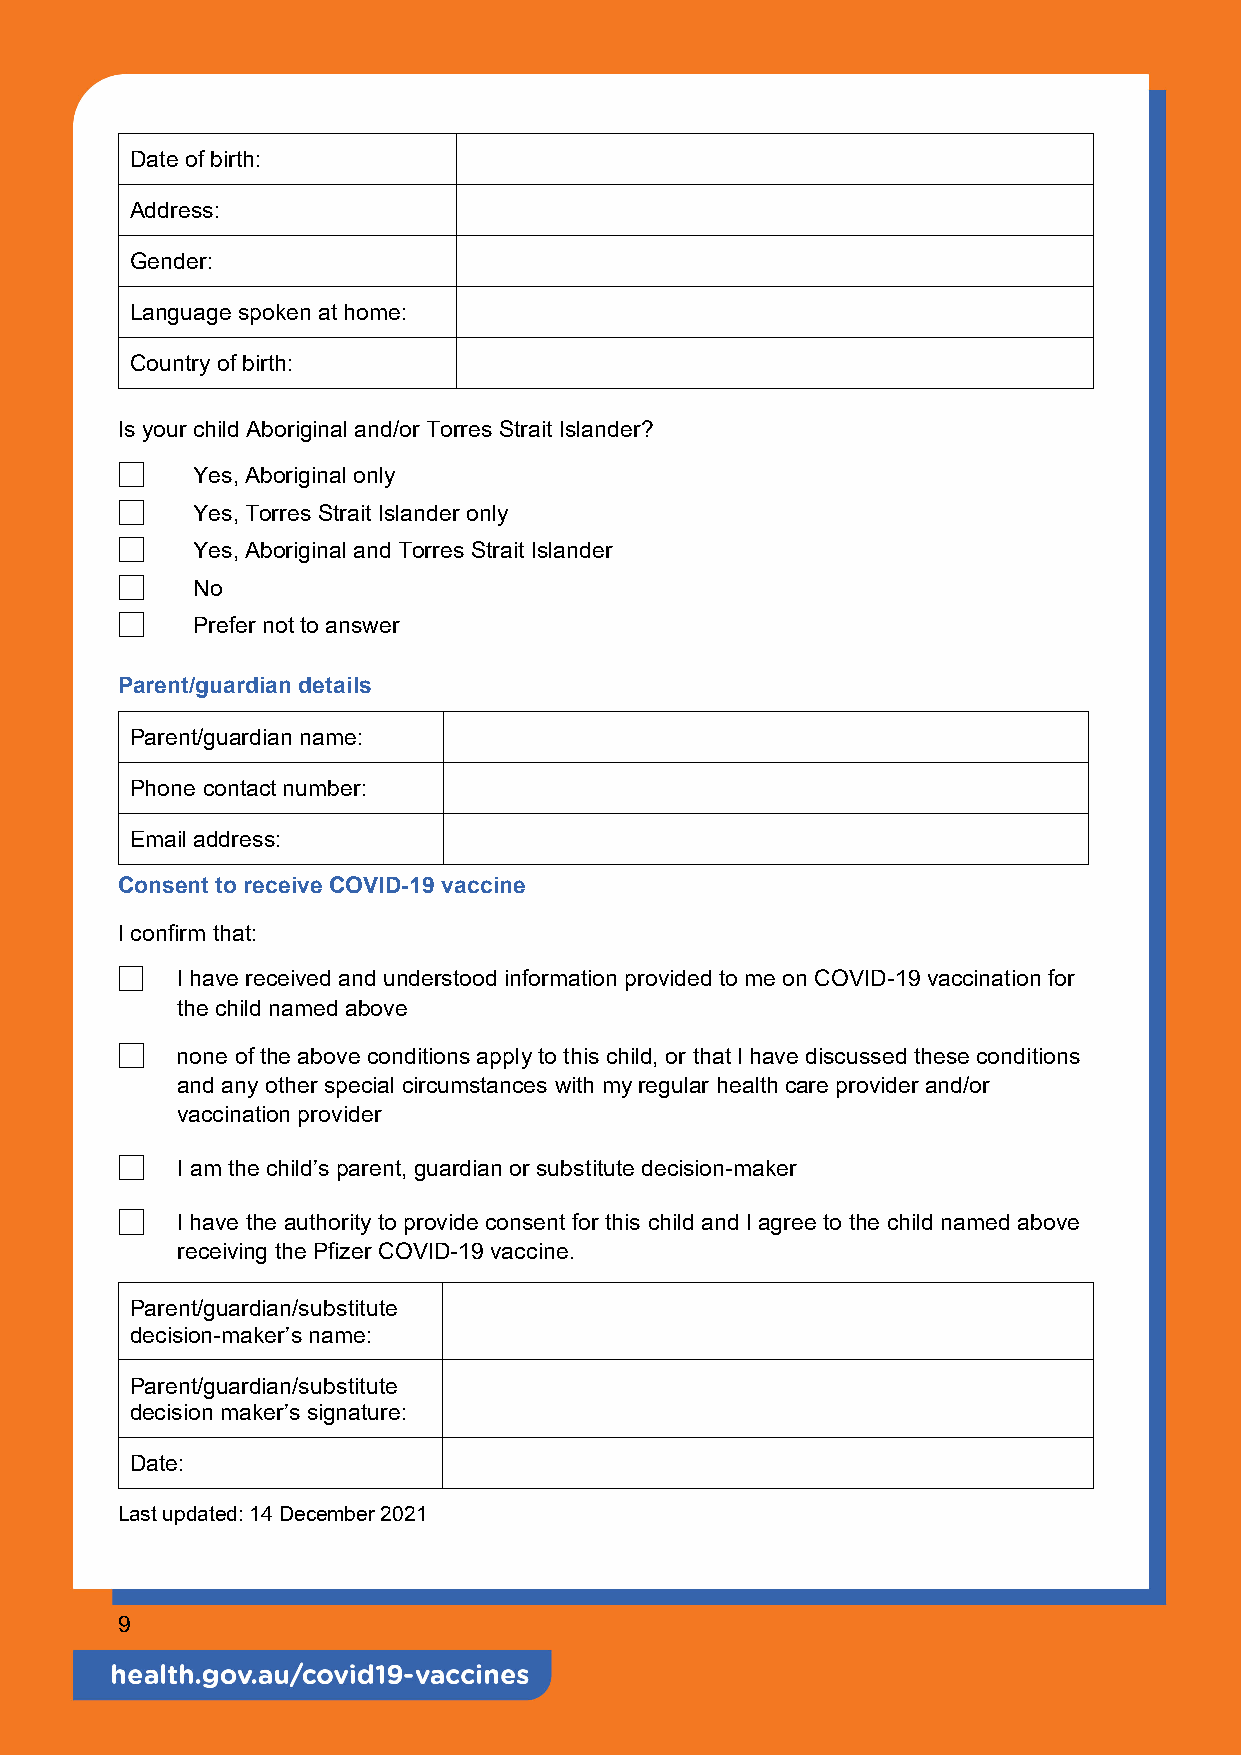
Date of birth:
 Address:
 Gender:
 Language spoken at home:
 Country of birth:
 Is your child Aboriginal and/or Torres Strait Islander?
 Yes, Aboriginal only
 Yes, Torres Strait Islander only
 Yes, Aboriginal and Torres Strait Islander
 No
 Prefer not to answer
 Parent/guardian details
 Parent/guardian name:
 Phone contact number:
 Email address:
 Consent to receive COVID-19 vaccine
 I confirm that:
  I have received and understood information provided to me on COVID-19 vaccination for
 the child named above
 none of the above conditions apply to this child, or that I have discussed these conditions
 and any other special circumstances with my regular health care provider and/or
 vaccination provider
 I am the child’s parent, guardian or substitute decision-maker
 I have the authority to provide consent for this child and I agree to the child named above
 receiving the Pfizer COVID-19 vaccine.
 Parent/guardian/substitute
 decision-maker’s name:
 Parent/guardian/substitute
 decision maker’s signature:
 Date:
 Last updated: 14 December 2021
 9